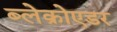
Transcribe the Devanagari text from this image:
ब्लेक्रोएडर